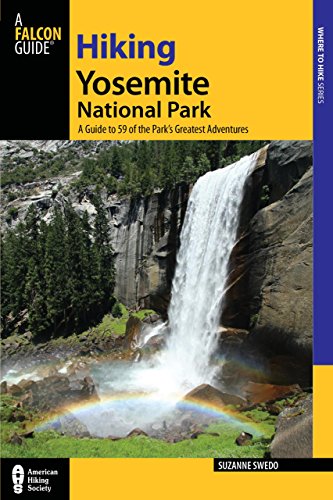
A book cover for Hiking Yosemite National Park: A Guide To 59 Of The Park's Greatest Hiking Adventures (Regional Hiking Series); Suzanne Swedo; Travel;